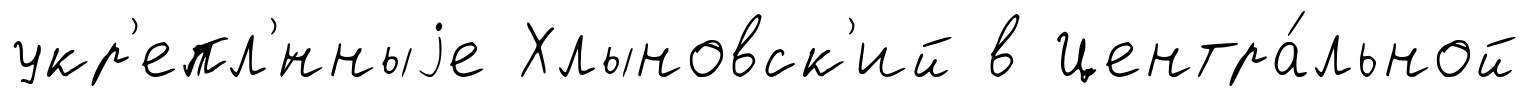
укр'епл'́нныjе Хлыновск'ий в Центра́льной